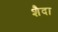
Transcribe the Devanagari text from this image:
शैदा